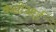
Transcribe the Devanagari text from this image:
केसीआई